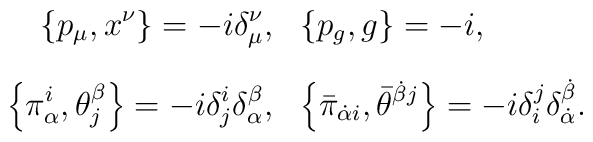
\begin{array}{rl}{\displaystyle\left\{p_{\mu },x^{\nu }\right\}=-i\delta_{\mu }^{\nu },}&{\displaystyle\left\{p_g,g\right\}=-i,}\\[0.4cm]{\displaystyle\left\{\pi_{\alpha }^i,\theta_j^{\beta }\right\}=-i\delta_j^i\delta_{\alpha }^{\beta },}&{\displaystyle\left\{\bar\pi_{\dot\alpha i},\bar\theta^{\dot\beta j}\right\}=-i\delta_i^j\delta^{\dot\beta}_{\dot\alpha}.}\end{array}